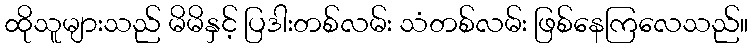
ထိုသူများသည် မိမိနှင့် ပြဒါးတစ်လမ်း သံတစ်လမ်း ဖြစ်နေကြလေသည်။